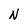
Character: N